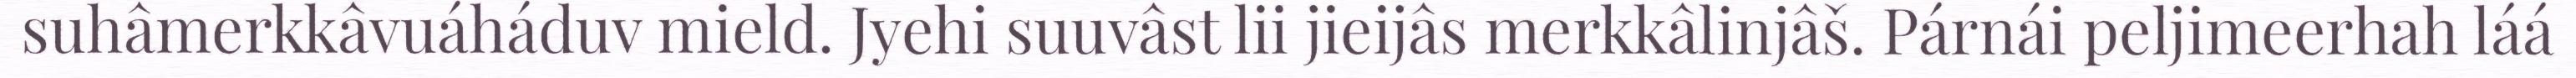
suhâmerkkâvuáháduv mield. Jyehi suuvâst lii jieijâs merkkâlinjâš. Párnái peljimeerhah láá